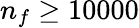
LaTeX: n_{f}\ge 10000